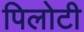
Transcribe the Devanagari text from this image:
पिलोटी